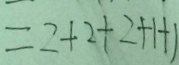
= 2 + 2 + 2 + 1 + 1